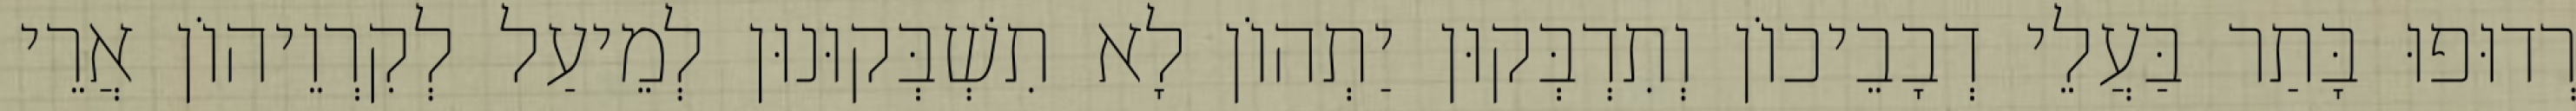
רְדוּפוּ בָּתַר בַּעֲלֵי דְבָבֵיכוֹן וְתִדְבְּקוּן יַתְהוֹן לָא תִשְׁבְּקוּנוּן לְמֵיעַל לְקִרְוֵיהוֹן אֲרֵי